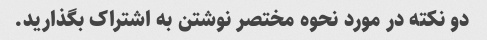
دو نکته در مورد نحوه مختصر نوشتن به اشتراک بگذارید.